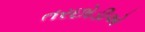
તરછોડીએ